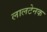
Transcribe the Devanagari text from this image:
लालटेनक